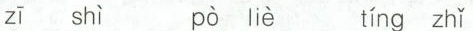
zī shì pò pò liè tíng zhǐ